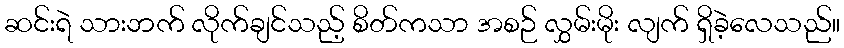
ဆင်းရဲ သားဘက် လိုက်ချင်သည့် စိတ်ကသာ အစဉ် လွှမ်းမိုး လျက် ရှိခဲ့လေသည်။